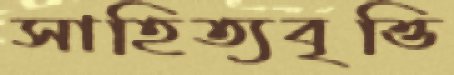
সাহিত্যবৃত্তি